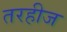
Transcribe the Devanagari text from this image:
तरहीज